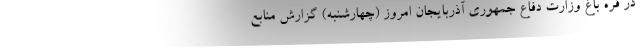
در قره باغ وزارت دفاع جمهوری آذربایجان امروز (چهارشنبه) گزارش منابع